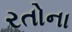
રતોના